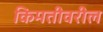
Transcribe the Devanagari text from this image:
किमतीवरील